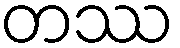
တဿ